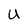
Character: U